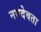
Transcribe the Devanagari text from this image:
नवदेवता